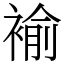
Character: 褕